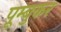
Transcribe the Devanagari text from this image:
पूम्बुकर